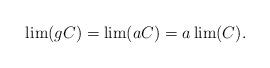
LaTeX: \begin{align*} \lim(gC) = \lim(aC) = a\lim(C).\end{align*}